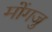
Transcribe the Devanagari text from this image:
मोंगजु